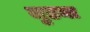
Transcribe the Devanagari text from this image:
जुडना